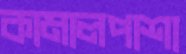
কামালপাশা